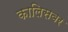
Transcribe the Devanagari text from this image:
कालिसवर